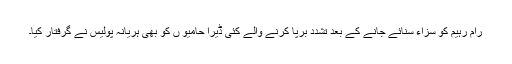
رام رہیم کو سزاء سنائے جانے کے بعد تشدد برپا کرنے والے کئی ڈیرا حامیو ں کو بھی ہریانہ پولیس نے گرفتار کیا۔